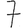
Digit: 7